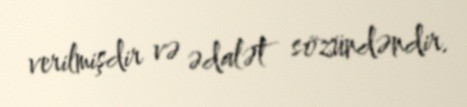
verilmişdir və ədalət sözündəndir.